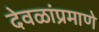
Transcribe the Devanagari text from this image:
देवळांप्रमाणे